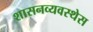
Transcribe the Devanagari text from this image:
शासनव्यवस्थेस